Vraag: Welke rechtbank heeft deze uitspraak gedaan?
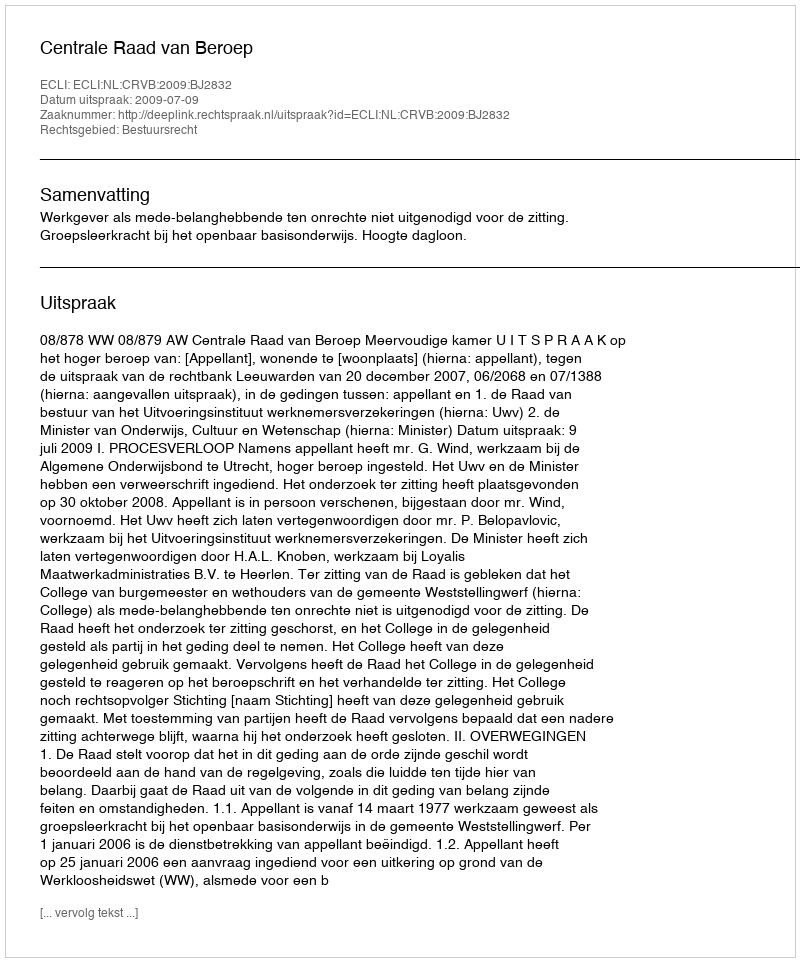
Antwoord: Centrale Raad van Beroep